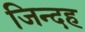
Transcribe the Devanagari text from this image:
जिन्दह